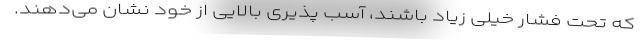
که تحت فشار خیلی زیاد باشند، آسب پذیری بالایی از خود نشان می‌دهند.